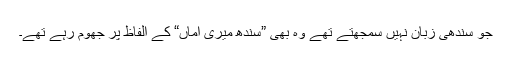
جو سندھی زبان نہیں سمجھتے تھے وہ بھی ”سندھ میری اماں“ کے الفاظ پر جھوم رہے تھے۔